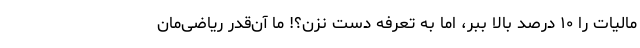
مالیات را ۱۰ درصد بالا ببر، اما به تعرفه دست نزن؟! ما آن‌قدر ریاضی‌مان